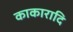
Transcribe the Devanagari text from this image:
काकारादि